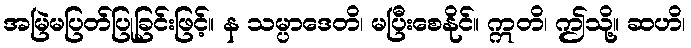
အမြဲမပြတ်ပြုခြင်းဖြင့်။ န သမ္ပာဒေတိ၊ မပြီးစေနိုင်။ ဣတိ၊ ဤသို့။ ဆဟိ၊